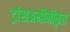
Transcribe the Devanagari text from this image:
ट्रांसअमीनीकृत